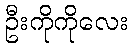
ဦးကိုကိုလေး